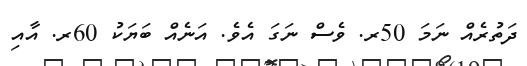
ދަތުރެއް ނަމަ 50ރ. ވެސް ނަގަ އެވެ. އަނެއް ބަޔަކު 60ރ. އާއި